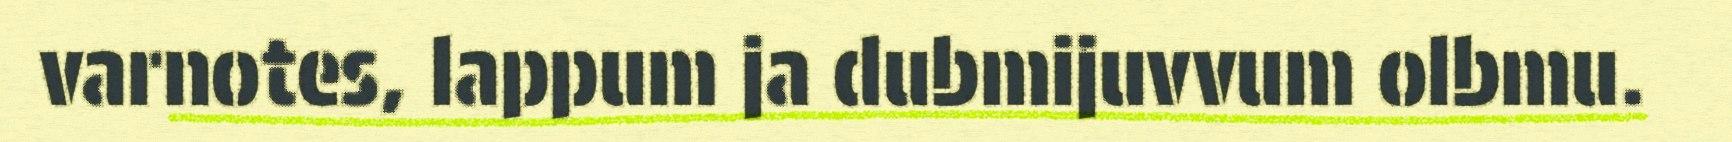
varnotes, lappum ja dubmijuvvum olbmu.